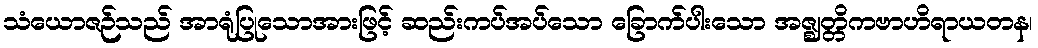
သံယောဇဉ်သည် အာရုံပြုသောအားဖြင့် ဆည်းကပ်အပ်သော ခြောက်ပါးသော အဇ္ဈတ္တိကဗာဟိရာယတန၊